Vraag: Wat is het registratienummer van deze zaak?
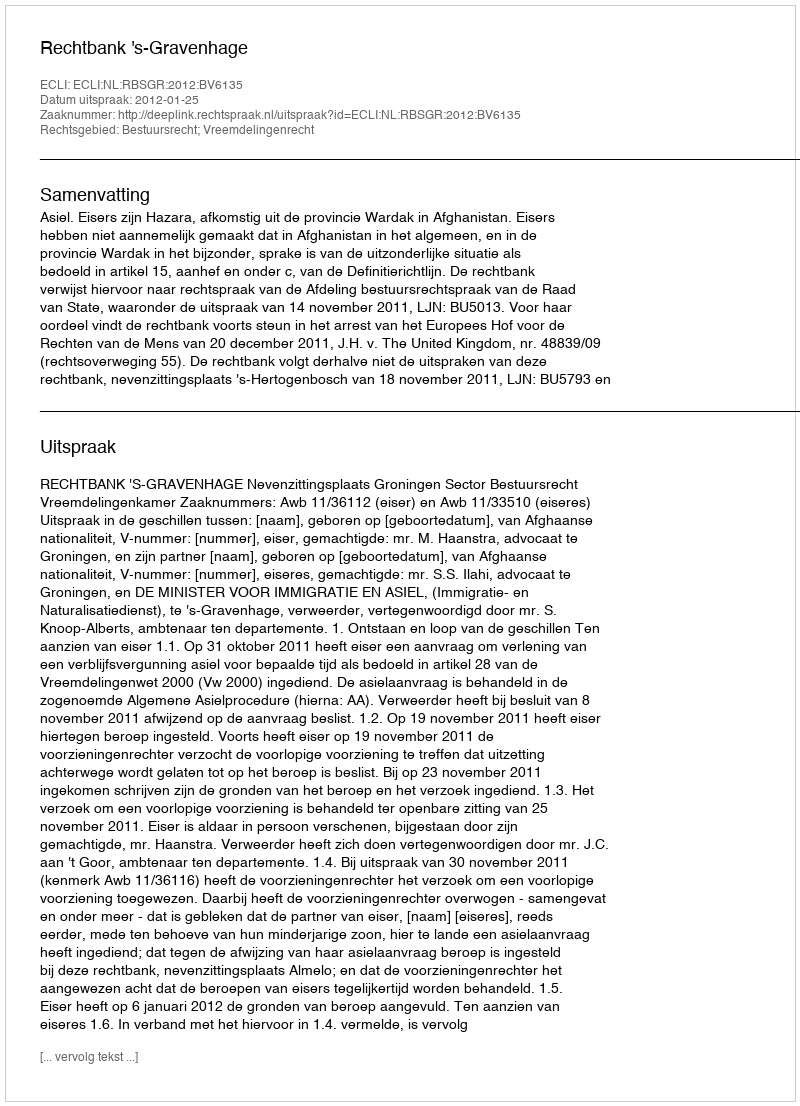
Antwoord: http://deeplink.rechtspraak.nl/uitspraak?id=ECLI:NL:RBSGR:2012:BV6135